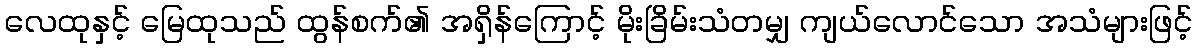
လေထုနှင့် မြေထုသည် ထွန်စက်၏ အရှိန်ကြောင့် မိုးခြိမ်းသံတမျှ ကျယ်လောင်သော အသံများဖြင့်